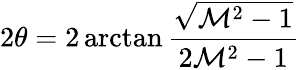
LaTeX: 2\theta=2\arctan\frac{\sqrt{\mathcal{M}^{2}-1}}{2\mathcal{M}^{2}-1}